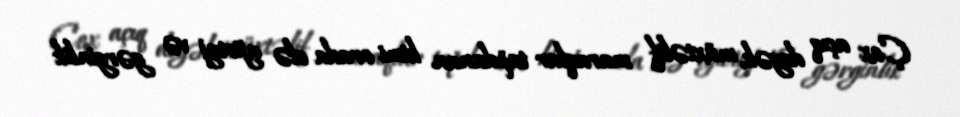
Çox açıq deyək, müxtəlif maraqlar tapdanan kimi orada elə ajiotaj və gərginlik